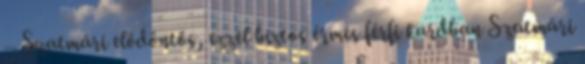
– Szatmári elődöntős, ezzel biztos érmes férfi kardban Szatmári